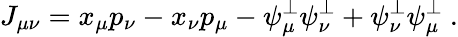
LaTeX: J_{\mu\nu}=x_{\mu}p_{\nu}-x_{\nu}p_{\mu}-\psi_{\mu}^{\perp}\psi_{\nu}^{\perp}+\psi_{\nu}^{\perp}\psi_{\mu}^{\perp}\ .